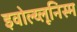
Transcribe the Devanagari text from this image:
इवोल्य्लूनिस्म